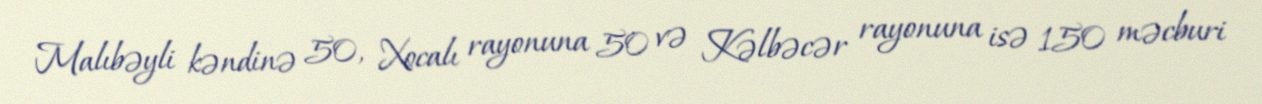
Malıbəyli kəndinə 50, Xocalı rayonuna 50 və Kəlbəcər rayonuna isə 150 məcburi